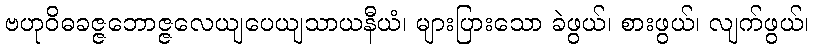
ဗဟုဝိဓခဇ္ဇဘောဇ္ဇလေယျပေယျသာယနီယံ၊ များပြားသော ခဲဖွယ်၊ စားဖွယ်၊ လျက်ဖွယ်၊